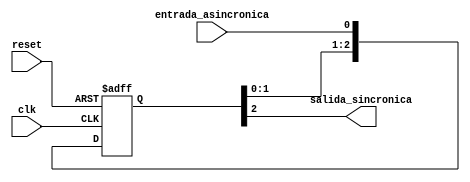
`timescale 1ns / 1ps

module sincronizador(clk,reset,entrada_asincronica,salida_sincronica);

	input clk,reset,entrada_asincronica;
	output salida_sincronica;
	
	reg[2:0] flip_flops = 3'd0;
	
	
	always@ (posedge clk or posedge reset)
	begin
	
		if (reset) 
			flip_flops <= 3'd0;
			
		else flip_flops <= {flip_flops[1],flip_flops[0],entrada_asincronica};

	end
	
	assign salida_sincronica = flip_flops[2];
endmodule